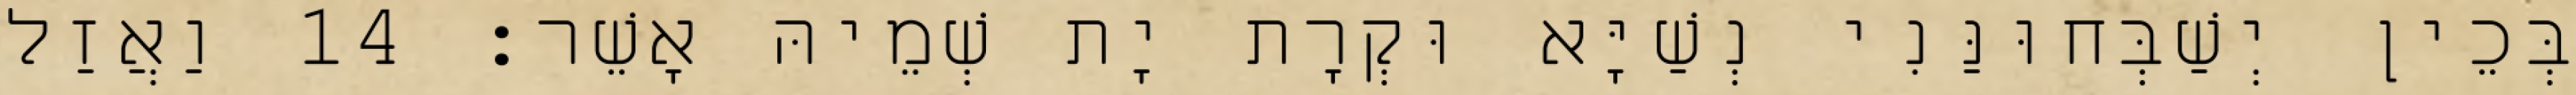
בְּכֵין יְשַׁבְּחוּנַּנִי נְשַׁיָּא וּקְרָת יָת שְׁמֵיהּ אָשֵׁר׃ 14 וַאֲזַל